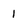
Character: 1